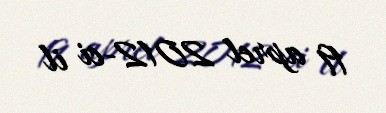
19 aprel 2012-ci il